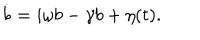
\dot { b } = i \omega b - \gamma b + \eta ( t ) .